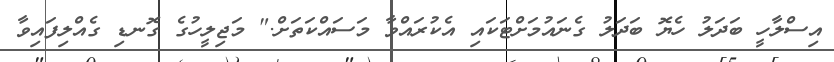
އިސްލާހީ ބަދަލު ހެޔޮ ބަދަލު ގެނައުމަށްޓަކައި އެކުރައްވާ މަސައްކަތަށް." މަޖިލީހުގެ ގޮނޑި ގެއްލިފައިވާ